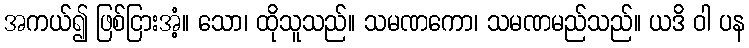
အကယ်၍ ဖြစ်ငြားအံ့။ သော၊ ထိုသူသည်။ သမဏကော၊ သမဏမည်သည်။ ယဒိ ဝါ ပန